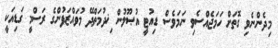
މިދެންނެވި ގޮތަށް ހަމަޖެއްސެވި ނަމަވެސް ޑިއުޓީ އުޞޫލުން ޚިދުމަތްދޭ މުވައްޒަފުންގެ ރަސްމީ ގަޑިއަކީ